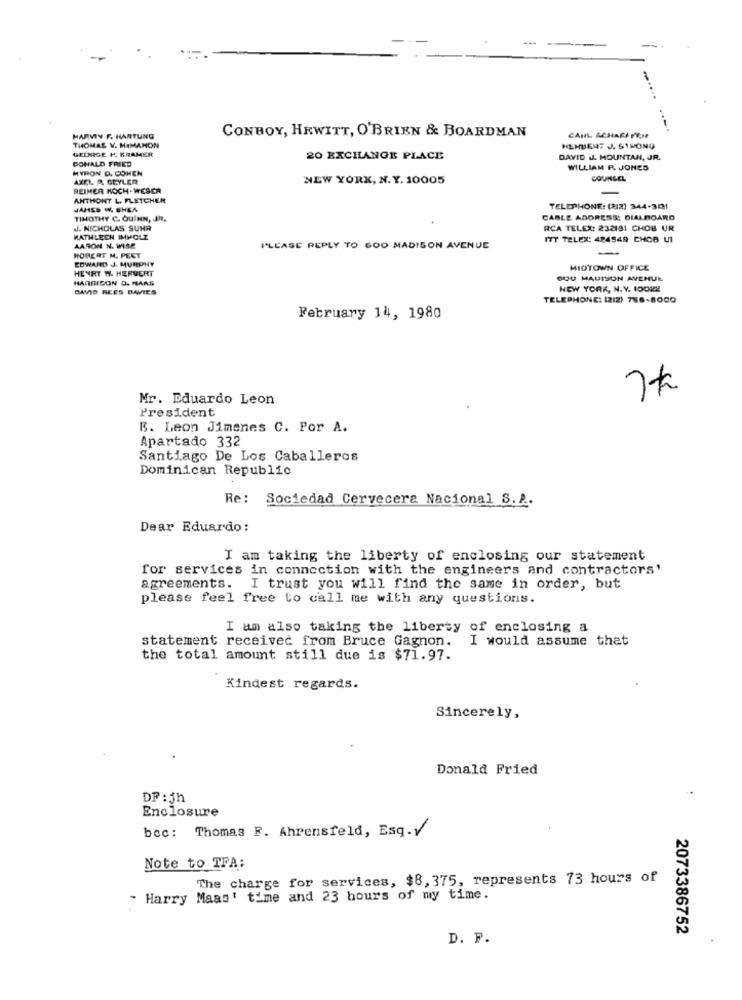
CONBOY, HEWITT, O'BRIEN & BOARDMAN
HARVIY F. HARTUNG
CAUL ACHARFFEN
GEDAGE P. KRAMER
THOMAS V. HIMAMON
HEHBENT J. S1PONG
DONALD FRIED
20 EXCHANGE PLACE
DAVID J. MOUNTAN, JR.
MYRON D. COHEN
WILLIAM P. JONES
AXEL P. GEYLER
NEW YORK, N. Y. 10005
COUNSEL
REIMER KOCH-WESER
ANTHONY L. FLETCHER
JAHES W. SHEA
TELEPHONE: (AZ) 344-301
TIMOTHY C. QUINN, JR.
CABLE ADDRESS DIALBOARD
. NICHOLAS SUHR
RCA TELEX: 232181 CHOB UR
KATHLECH IMHOLZ
ITY TELEX: 424949 CHOB UI
AARON N. WISE
PLEASE REPLY TO GOD MADISON AVENUE
-
ROBERT M. PEET
EDWARD J. MURPHY
HENRY W. HERVERT
MIDTOWN OFFICE
HARRISON D. MAAS
SOU MADISON AVENUE
DAVID REES DAVIES
NEW YORK, N.Y. 10022
TELEPHONE: (212) 788-8000
February 14, 1980
7t
Mr. Eduardo Leon
President
B. Leon Jimenes C. Por A.
Apartado 332
Santiago De Los Caballeros
Dominican Republic
Re: Sociedad Cervecera Nacional S.A ..
Dear Eduardo:
I am taking the liberty of enclosing our statement
for services in connection with the engineers and contractors'
agreements. I trust you will find the same in order, but
please feel free to call me with any questions.
I am also taking the liberty of enclosing a
statement received from Bruce Gagnon.
I would assume that
the total amount still due is $71.97.
Kindest regards.
Sincerely,
Donald Fried
DF: 5h
Enclosure
bec: Thomas F. Ahrensfeld, Esq.V
Note to TFA:
The charge for services, $8, 375, represents 73 hours of
" Harry Maas' time and 23 hours of my time.
2073386752
D. F.